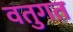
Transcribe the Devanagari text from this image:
वतुगत